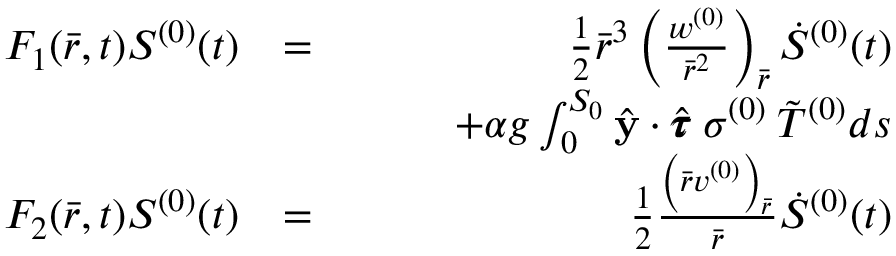
\begin{array} { r l r } { F _ { 1 } ( \bar { r } , t ) S ^ { ( 0 ) } ( t ) } & { = } & { \frac { 1 } { 2 } \bar { r } ^ { 3 } \left( \frac { w ^ { ( 0 ) } } { \bar { r } ^ { 2 } } \right) _ { \bar { r } } \dot { S } ^ { ( 0 ) } ( t ) } \\ & { \quad } & { \quad \quad + \alpha g \int _ { 0 } ^ { S _ { 0 } } \hat { \mathbf { y } } \cdot \hat { \pmb { \tau } } \: \sigma ^ { ( 0 ) } \: \Tilde { T } ^ { ( 0 ) } d s } \\ { F _ { 2 } ( \bar { r } , t ) S ^ { ( 0 ) } ( t ) } & { = } & { \frac { 1 } { 2 } \frac { \left( \bar { r } v ^ { ( 0 ) } \right) _ { \bar { r } } } { \bar { r } } \dot { S } ^ { ( 0 ) } ( t ) } \end{array}